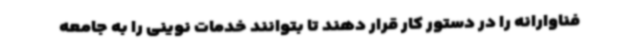
فناوارانه را در دستور کار قرار دهند تا بتوانند خدمات نوینی را به جامعه